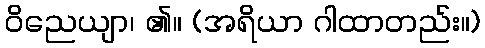
ဝိညေယျာ၊ ၏။ (အရိယာ ဂါထာတည်း။)